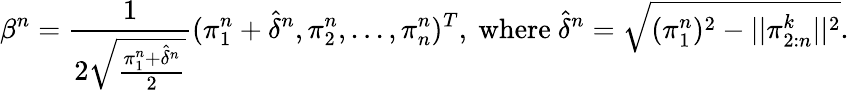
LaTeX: \beta^{n}=\frac{1}{2\sqrt{\frac{\pi_{1}^{n}+\hat{\delta}^{n}}{2}}}(\pi_{1}^{n}+\hat{\delta}^{n},\pi_{2}^{n},...,\pi_{n}^{n})^{T},\mathrm{~where~}\hat{\delta}^{n}=\sqrt{(\pi_{1}^{n})^{2}-||\pi_{2:n}^{k}||^{2}}.